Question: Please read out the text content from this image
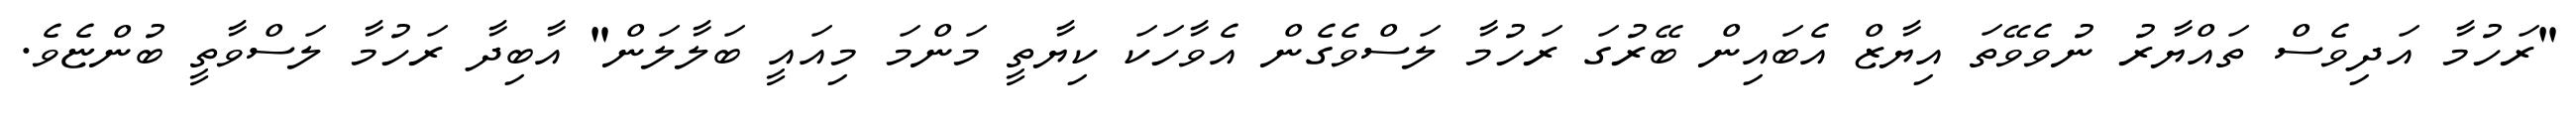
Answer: "ރަހުމާ އަދިވެސް ތައްޔާރު ނުވެވޭތަ އިޔާޒް އެބައިން ބޭރުގަ ރަހުމާ ލަސްވެގެން އެވާހަކަ ކިޔާތީ މަންމަ މިއައީ ބަލާލަން" އާބިދާ ރަހުމާ ލަސްވާތީ ބުންޏެވެ.